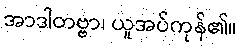
အာဒါတဗ္ဗာ၊ ယူအပ်ကုန်၏။